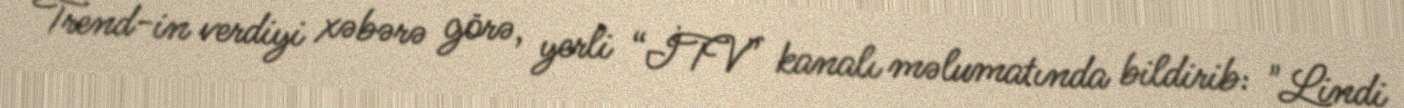
Trend-in verdiyi xəbərə görə, yerli “İTV” kanalı məlumatında bildirib: "Lindi